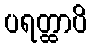
ပရတ္ထာပိ